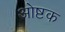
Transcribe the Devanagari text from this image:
ओष्टक